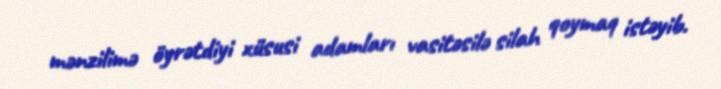
mənzilimə öyrətdiyi xüsusi adamları vasitəsilə silah qoymaq istəyib.